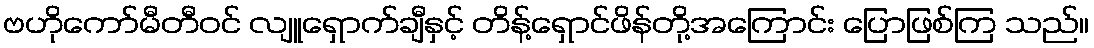
ဗဟိုကော်မီတီဝင် လျူရှောက်ချီနှင့် တိန့်ရှောင်ဖိန်တို့အကြောင်း ပြောဖြစ်ကြ သည်။